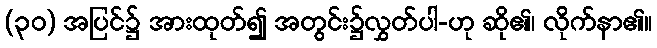
(၃၀) အပြင်၌ အားထုတ်၍ အတွင်း၌လွှတ်ပါ-ဟု ဆို၏၊ လိုက်နာ၏။